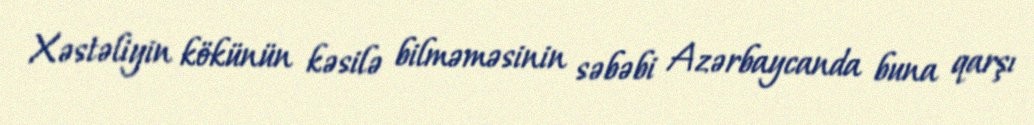
Xəstəliyin kökünün kəsilə bilməməsinin səbəbi Azərbaycanda buna qarşı